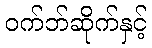
ဝက်ဘ်ဆိုက်နှင့်